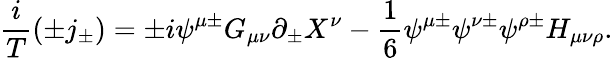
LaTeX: \frac{i}{T}(\pm j_{\pm})=\pm i\psi^{\mu\pm}G_{\mu\nu}\partial_{\pm}X^{\nu}-\frac{1}{6}\psi^{\mu\pm}\psi^{\nu\pm}\psi^{\rho\pm}H_{\mu\nu\rho}.